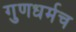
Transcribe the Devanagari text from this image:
गुणधर्मच